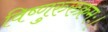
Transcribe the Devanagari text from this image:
विष्णुरुरुक्रमः।